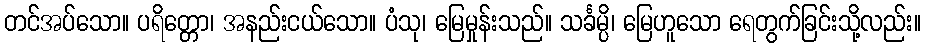
တင်အပ်သော။ ပရိတ္တော၊ အနည်းငယ်သော။ ပံသု၊ မြေမှုန်းသည်။ သင်္ခမ္ပိ၊ မြေဟူသော ရေတွက်ခြင်းသို့လည်း။